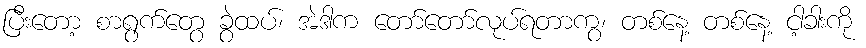
ပြီးတော့ စာရွက်တွေ ခွဲထပ်၊ အဲဒါက တော်တော်လုပ်ရတာကွ၊ တစ်နေ့ တစ်နေ့ ငါ့ခါးကို